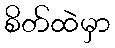
စိတ်ထဲမှာ